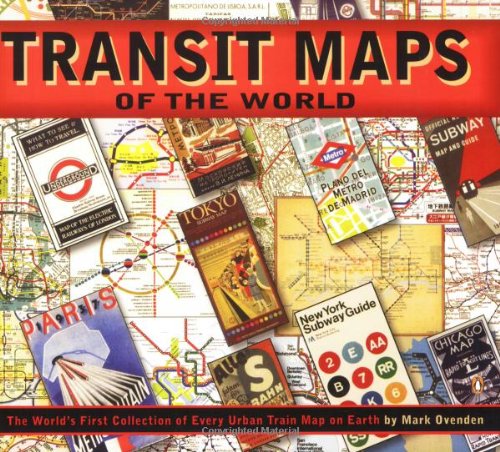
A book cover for Transit Maps of the World; Mark Ovenden; Engineering & Transportation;